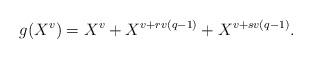
LaTeX: \begin{align*}g(X^v)=X^v+X^{v+rv(q-1)}+X^{v+sv(q-1)}.\end{align*}